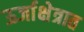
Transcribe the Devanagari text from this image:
ऊर्जाक्षेत्रात